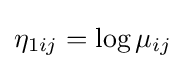
\eta _{1ij}=\log \mu _{ij}